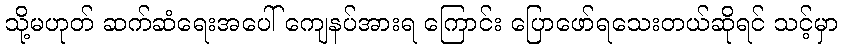
သို့မဟုတ် ဆက်ဆံရေးအပေါ် ကျေနပ်အားရ ကြောင်း ပြောဖော်ရသေးတယ်ဆိုရင် သင့်မှာ